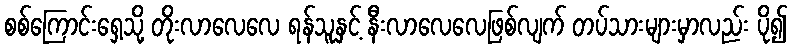
စစ်ကြောင်းရှေ့သို့ တိုးလာလေလေ ရန်သူနှင့် နီးလာလေလေဖြစ်လျက် တပ်သားများမှာလည်း ပို၍